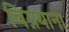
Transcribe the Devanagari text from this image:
विग्नयाना